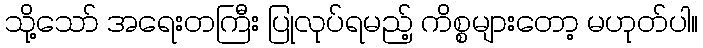
သို့သော် အရေးတကြီး ပြုလုပ်ရမည့် ကိစ္စများတော့ မဟုတ်ပါ။